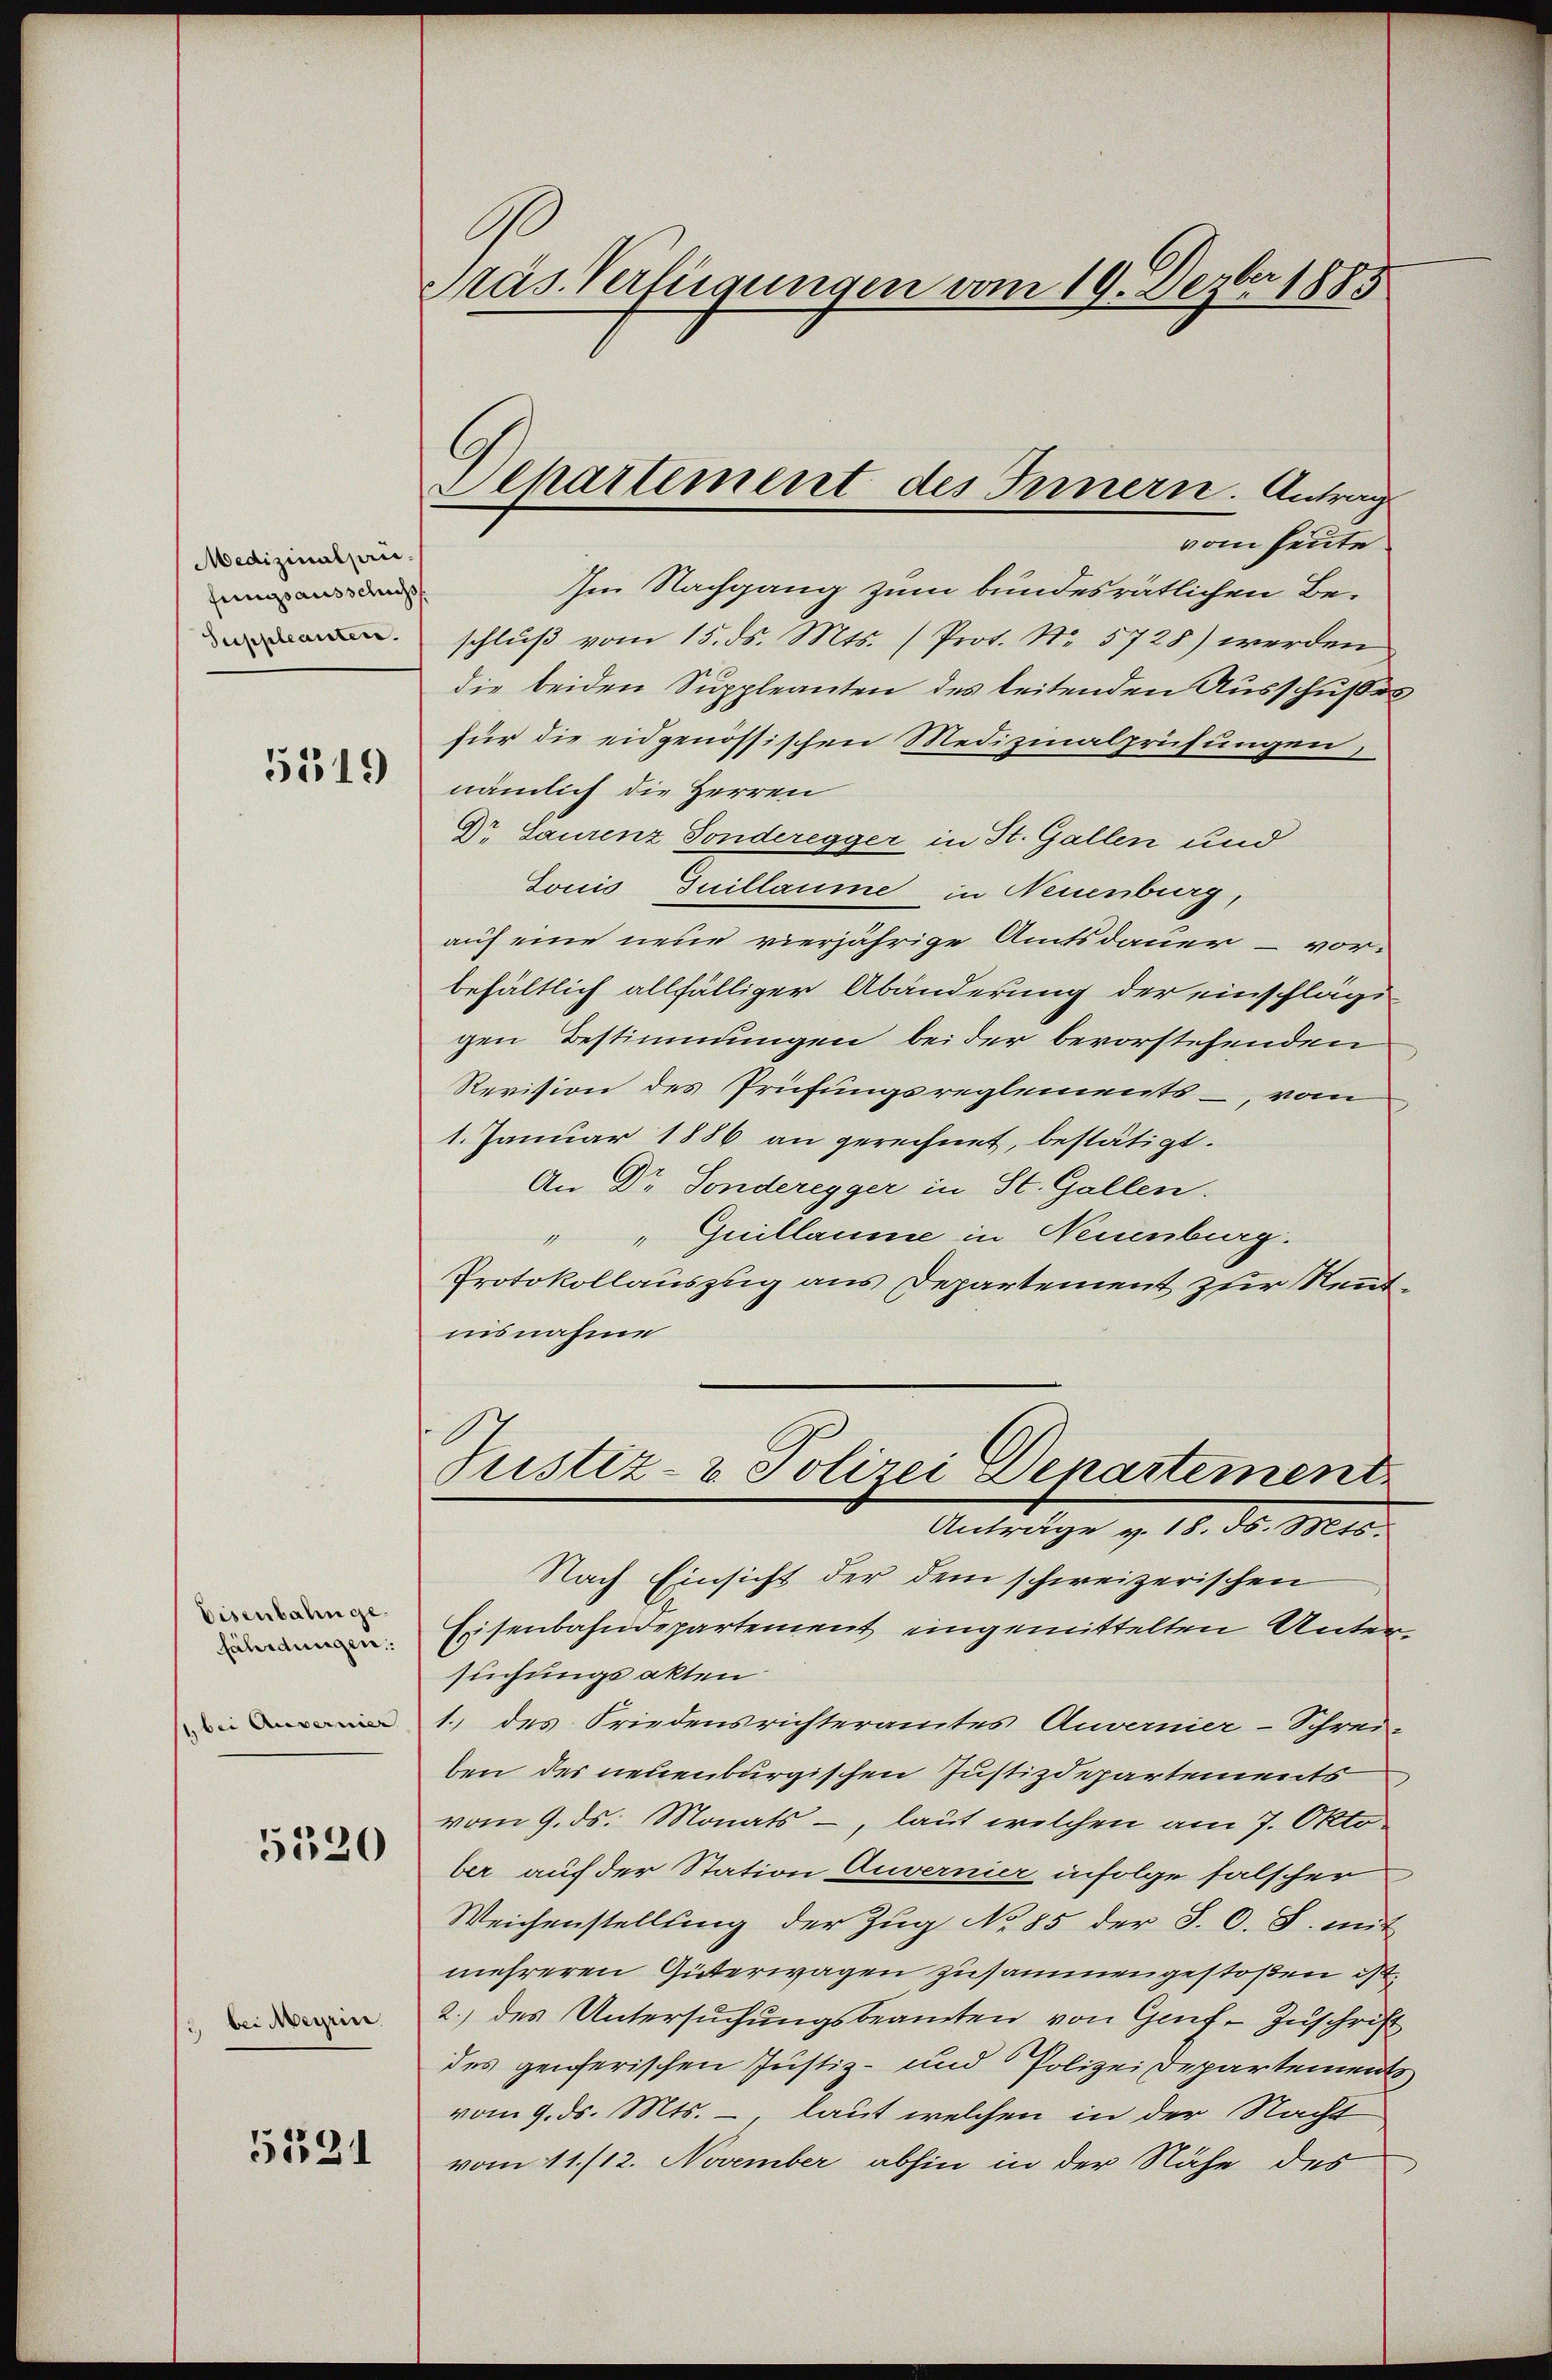
Medizinalprifungsausschuß
Suppleanten.

5119

Eisenbahnge
fährdungen:
1 bei Anvernier

5520

2 bei Meyrier

5131

C
Präs. Verfügungen vom 19. Dezbr 1885

Alkartement des Innern. Antrag

vom heute.
Im Nachgang zum bundesrätlichen Beschluß vom 15. ds. Mts. (Prot. No. 5728) werden
die beiden Suppleanten des leitenden Ausschußes
für die eidgenössischen Medizinalprüfungen,
nämlich die Herren
Dr. Laurenz Sonderegger in St. Gallen und
Louis, Guillaume in Neuenburg,
auf eine neue vierjährige Amtsdauer – vor-
behältlich allfälliger Abänderung der einschlägi
gen Bestimmungen beider bevorstehenden
Revision des Prüfungsreglements-, vom
1. Januar 1886 an gerechnet, bestätigt.
An Dr. Sonderegger in St. Gallen.
" " Guillaume in Neuenburg.
Protokollauszug aus Departement zur Rentiisnahme
Justiz- & Polizei Departement
Anträge v. 18. d. Mts.
Nach Einsicht der dem schweizerischen
Eisenbahndepartement eingemittelten Untersuchungsakten
1. des Friedensrichteramtes Anvernier-Schrei-
ben des neuenburgischen Justizdepartements
vom 9. ds. Monats-, laut welchen am 7. Okto
ber auf der Station Anvernier infolge falschen
Weichenstellung der Zug No 85 der S. O. S. mit
mehreren Güterwagen zusammengestoßen ist.
2.) des Untersuchungsbeamten von Genf - Zuschrift
des genferischen Justiz- und Polizei Departements
vom 9. ds. Mts. – laut welchen in der Nacht
vom 11./12. November abhin in der Nähe des